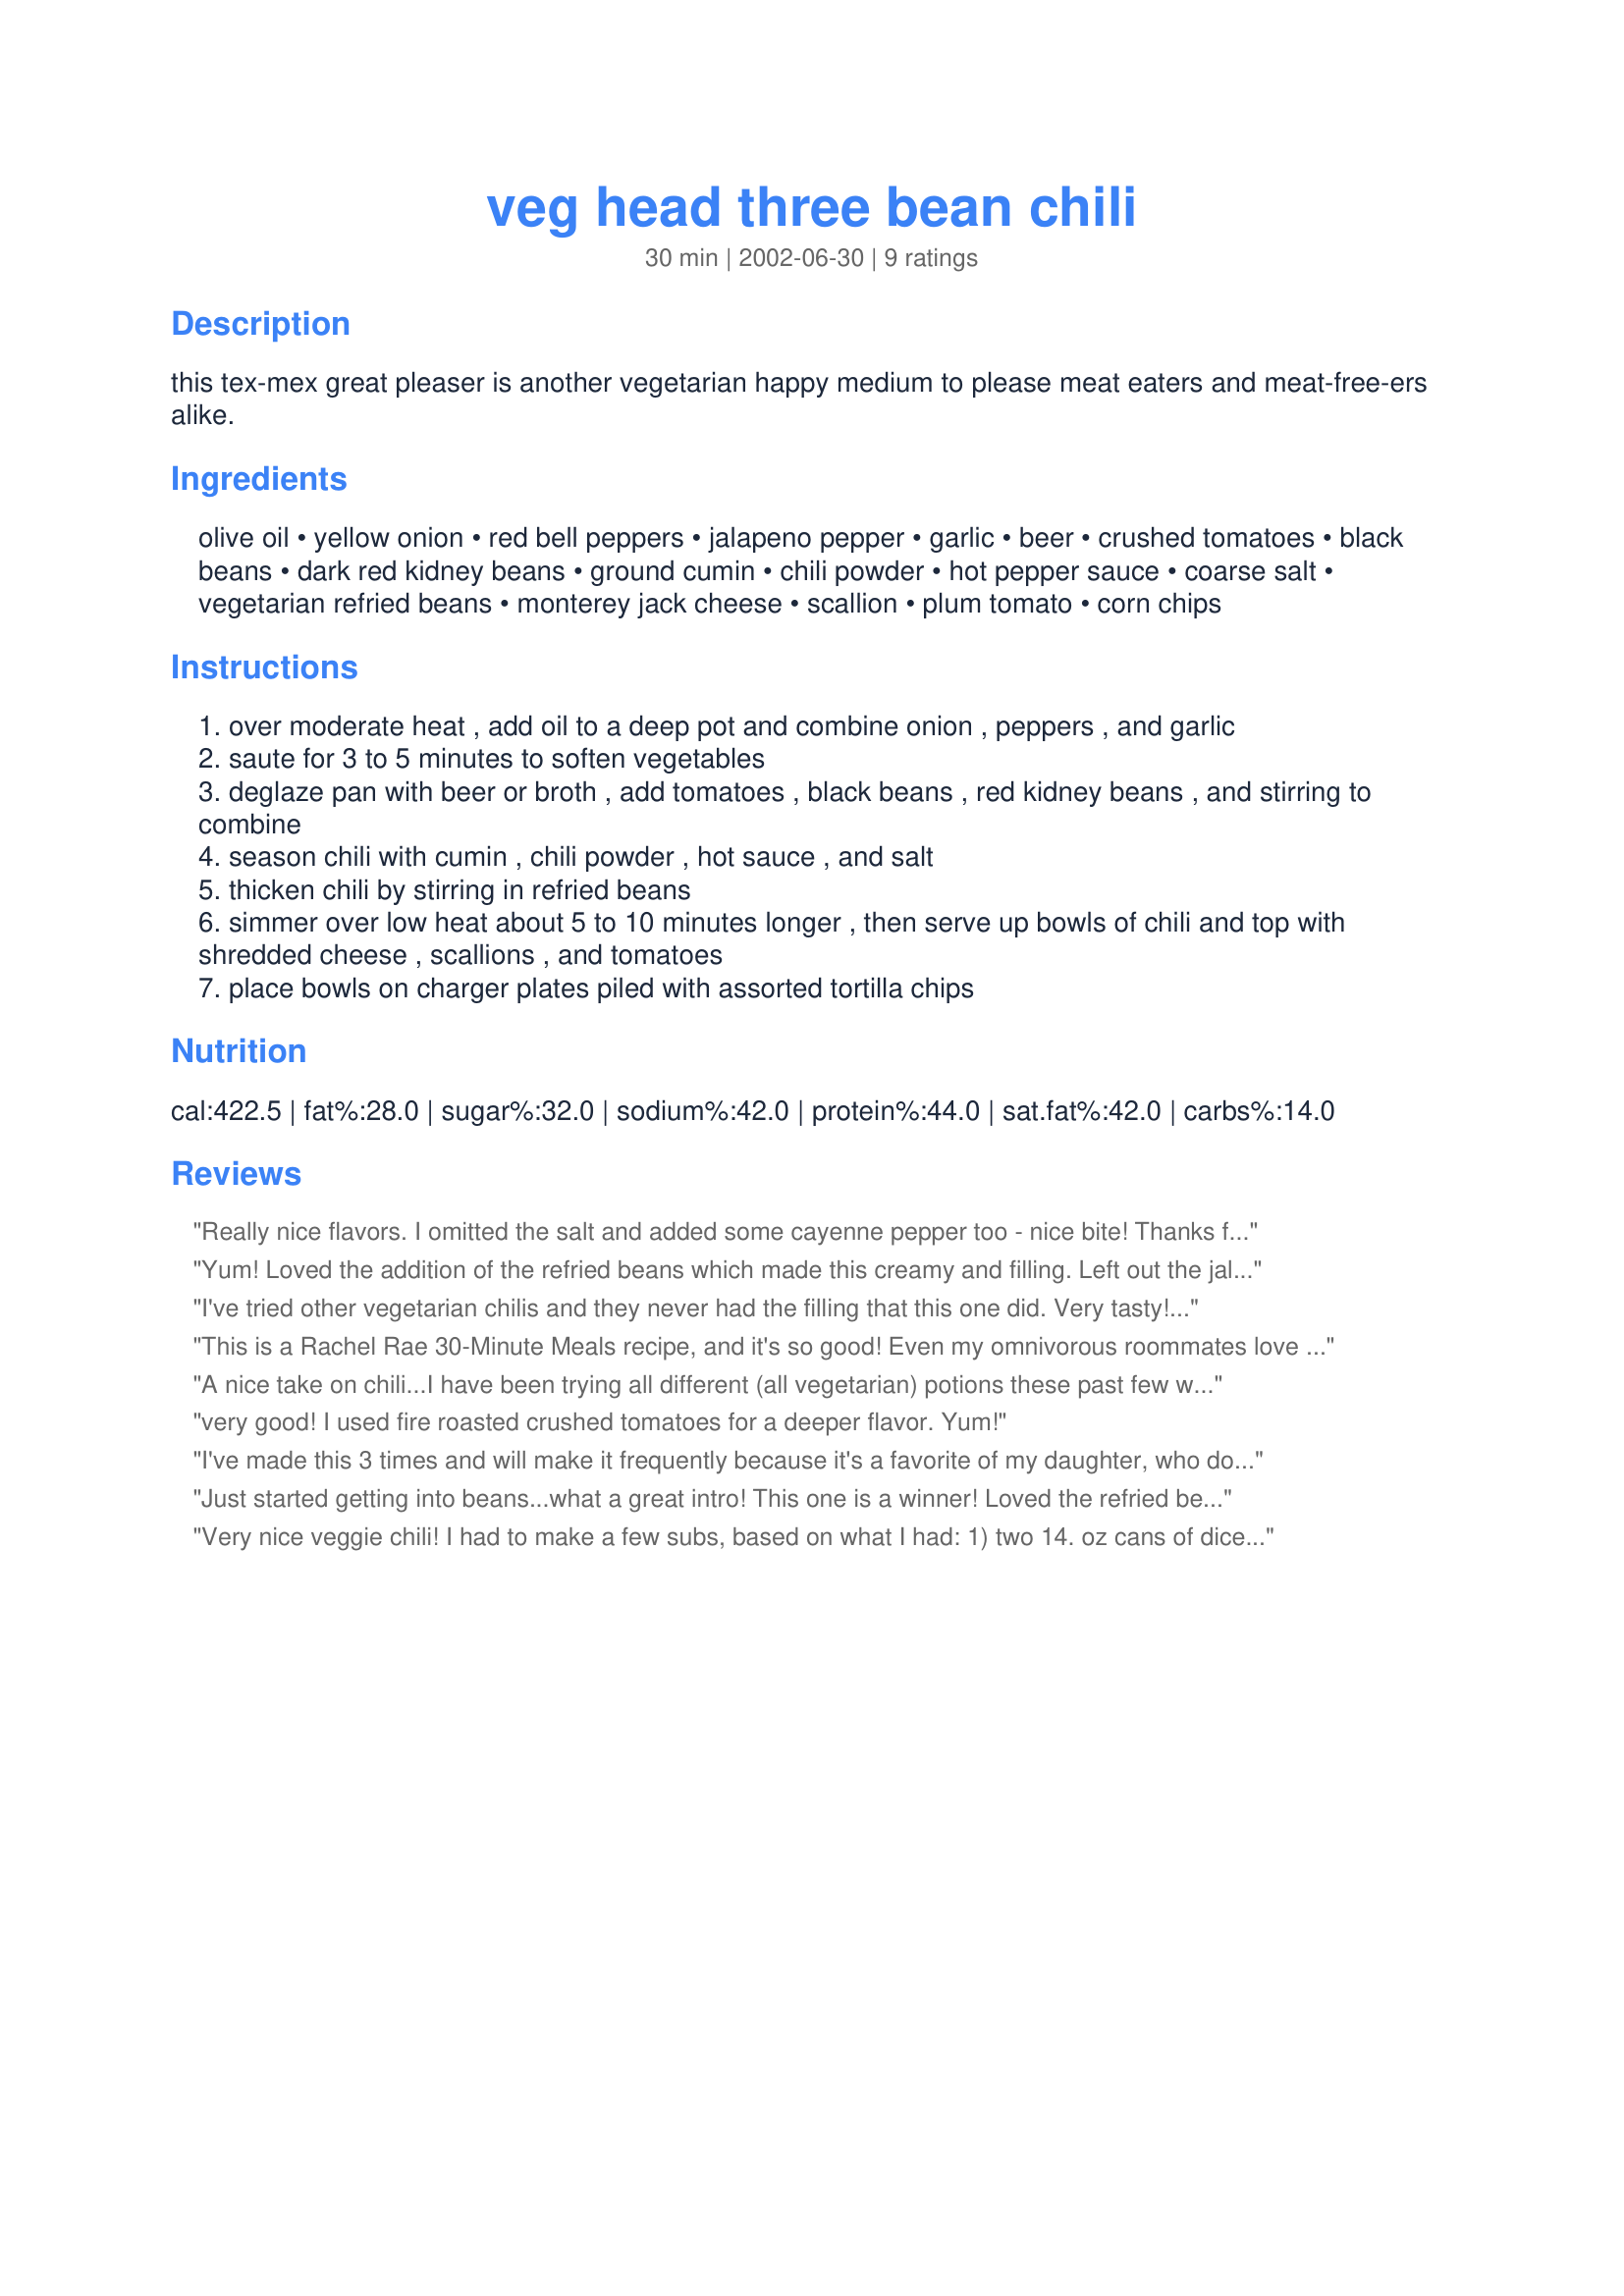
veg head three bean chili
Preparation time: 30 minutes

this tex-mex great pleaser is another vegetarian happy medium to please meat eaters and meat-free-ers alike.

Ingredients:
olive oil, yellow onion, red bell peppers, jalapeno pepper, garlic, beer, crushed tomatoes, black beans, dark red kidney beans, ground cumin, chili powder, hot pepper sauce, coarse salt, vegetarian refried beans, monterey jack cheese, scallion, plum tomato, corn chips

Steps:
over moderate heat , add oil to a deep pot and combine onion , peppers , and garlic
saute for 3 to 5 minutes to soften vegetables
deglaze pan with beer or broth , add tomatoes , black beans , red kidney beans , and stirring to combine
season chili with cumin , chili powder , hot sauce , and salt
thicken chili by stirring in refried beans
simmer over low heat about 5 to 10 minutes longer , then serve up bowls of chili and top with shredded cheese , scallions , and tomatoes
place bowls on charger plates piled with assorted tortilla chips

Reviews:
Really nice flavors. I omitted the salt and added some cayenne pepper too - nice bite! Thanks for sharing!
Yum! Loved the addition of the refried beans which made this creamy and filling. Left out the jalapeno, and reduced the hot chili powder to 1 T. Still very spicy. Next time I'd double the kidney beans because I like chunkier chili and this "gravy" could definitely handle some more beans. Flavorful & filling.
I've tried other vegetarian chilis and they never had the filling that this one did. Very tasty! And will satisfy the urge for some chili without having to worry about the meat. Very good meal:)
This is a Rachel Rae 30-Minute Meals recipe, and it's so good! Even my omnivorous roommates love it. I skip the jalapeno because I think it's spicy enough as it is, and I put hot sauce on the table for those who want more kick. It's great for a crowd and freezes brilliantly. It's one of my favorite fall/winter recipes!
A nice take on chili...I have been trying all different (all vegetarian) potions these past few winters and this caught my attention with the addition of refried...oh -boyo; :) a great twist...adds a ton of creaminess...I doctored a can of veg-refried that hubby brought home added some hot diced peppers, homemade salsa...gosh whateverall to it (brought me back to my college apartment living days when that kind of a can of beans would be a meal for days) so my re-fries were good enough to eat and enjoy by them selves (i never put anything in a big pot that does not taste good alone) I played with the proportions...used the whole doctored can, doubled on veggies using both red and green pepper, extra garlic, two kinds of hot pepper (jalapeno and ??? {{can never keep names straight}} ) :)...used spicy homemade vegetable stock (alcohol free house right now) and about two cups of that and a bunch of my own hot pepper flacks and dried bits in addition to the suggested spices....super good; & as good chili should be IMO, better the next day after the flavors had married overnite :) - had a real nice kick to it:)...served it with savory scones (recipe#184024) and over a nutty couscous... so chunky and creamy it need no toppings at all- thanks for the recipe share!
very good! I used fire roasted crushed tomatoes for a deeper flavor. Yum!
I've made this 3 times and will make it frequently because it's a favorite of my daughter, who doesn't even like chili! I think the refried beans adds to the texture. I preferred the taste using fire roasted tomatoes (pureed) instead of crushed. I used 1 tbs. of Penzey's Bold Taco Seasoning and beer for the liquid. Thanks so much for posting.<br/>Roxygirl
Just started getting into beans...what a great intro! This one is a winner! Loved the refried beans addition. I added a whole can and made it with black beans as I don&#039;t like kidney. I also added 3/4 tbsp cayenne pepper instead of a full tbsp. For the beer, I used a whole bottle of Sam Adams Boston Lager. Delish! I let it cook for about an hour. It was equally delicious the next day-if not better! So easy to make as well.
Very nice veggie chili! I had to make a few subs, based on what I had: 1) two 14. oz cans of diced tomatoes instead of the 32 oz. crushed, 2) chicken broth (I know it's not veggie, but I had no veggie sock and am allergic to alcohol), and 3) half as much chili powder. I also omitted the salt, as I need to watch my sodium intake, used twice the amount of (non-spicy) refried beans since we like our chili really thick. and didn't seed the jalapeno since it was on the small side and we like the heat. Even with all these changes, it was wonderful!! Thanks for sharing! :)
